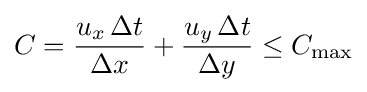
C={\frac {u_{x}\,\Delta t}{\Delta x}}+{\frac {u_{y}\,\Delta t}{\Delta y}}\leq C_{\max }